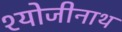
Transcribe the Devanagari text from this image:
श्योजीनाथ